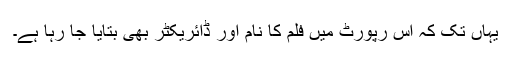
یہاں تک کہ اس رپورٹ میں فلم کا نام اور ڈائریکٹر بھی بتایا جا رہا ہے۔